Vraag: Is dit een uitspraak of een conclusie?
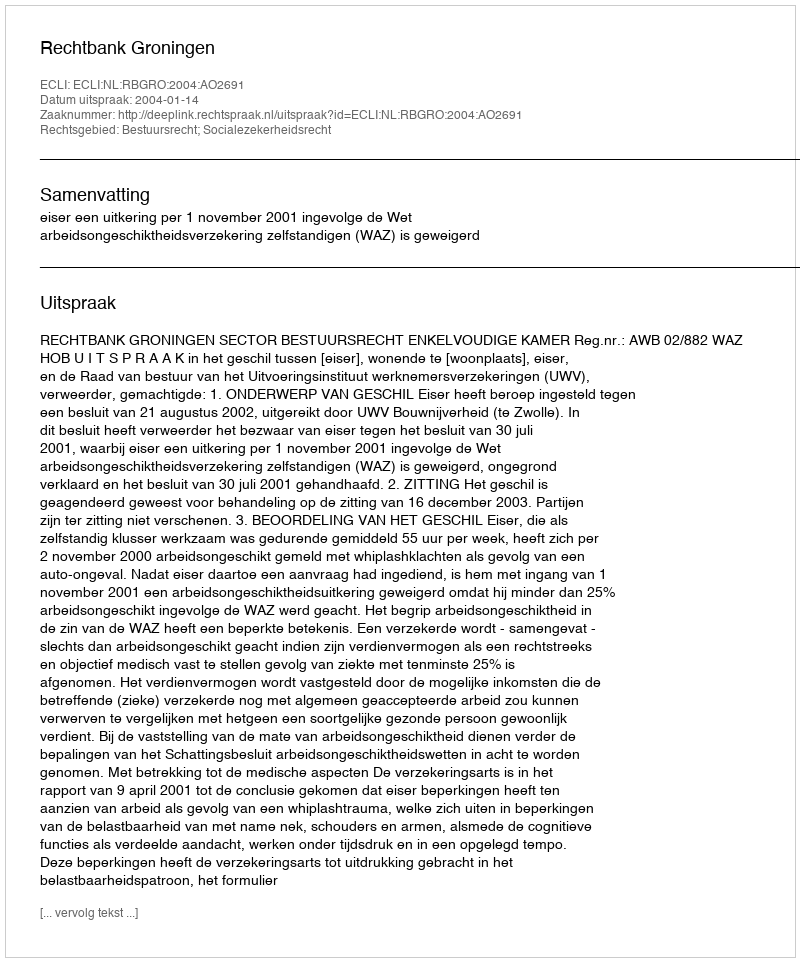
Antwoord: Uitspraak